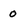
Character: 0